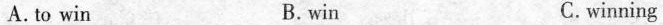
A. to win B. win C.winning